Vaccination in Burma 1912-1922 - 1912-1922
Year: 1912
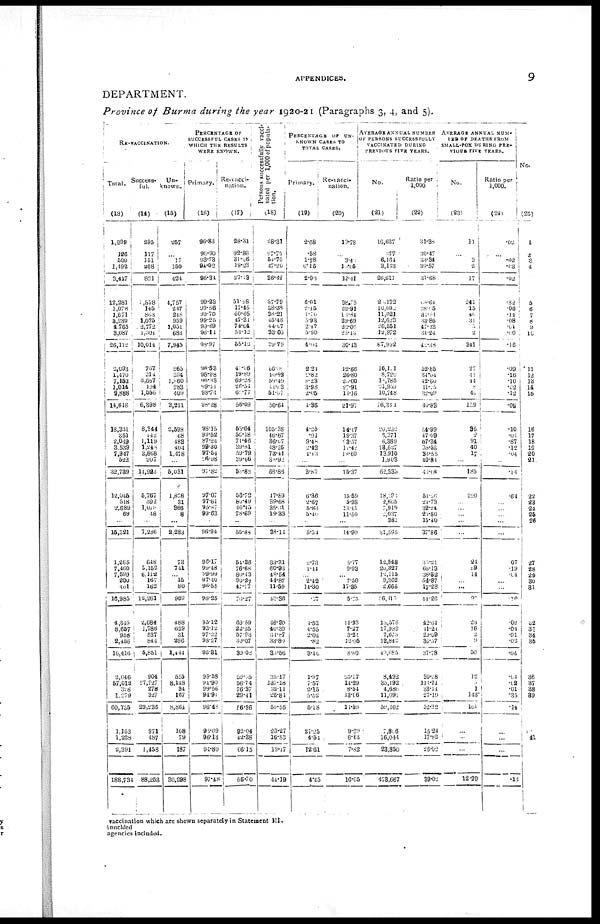
APPENDICES.
9
DEPARTMENT.
Province of Burma during the year 1920-21 (Paragraphs 3, 4, and 5).
RE-VACCINATION.
Total.
(13)
Success-
ful.
(14)
Un-
known.
(15)
PERCENTAGE OF
SUCCESSFUL CASES IN
WHICH THE RESULTS
WERE KNOWN.
Primary.
(16)
Re-vacci-
nation.
(17)
Persons successfully vacci-
nated per 1,000 of popula-
tion.
(18)
PERCENTAGE OF UN-
KNOWN CASES TO
TOTAL CASES.
Primary.
(19)
Re-vacci-
nation.
(20)
AVERAGE ANNUAL NUMBER
OF PERSONS SUCCESSFULLY
VACCINATED DURING
PREVIOUS FIVE YEARS.
No.
(21)
Ratio per
1,000
(22)
AVERAGE ANNUAL NUM-
BER OF DEATHS FROM
SMALL-POX DURING PRE-
VIOUS FIVE YEARS.
No.
(23)
Ratio per
1,000.
(24)
No.
(25)
1,299
126
500
1,492
3,417
12,281
1,078
1,671
3,230
4,765
3,087
26,112
2,093
1,470
7,153
1,014
2,888
14,618
18,331
351
2,049
3,539
7,947
522
32,739
12,045
518
2,689
69
...
15,321
1,265
7,460
7,599
200
401
16,985
4,345
8,657
958
2,456
16,416
2,046
57,012
318
1,279
60,735
1,163
1,228
2,391
188,734
295
117
151
258
821
1,858
145
803
1,075
2,772
1,501
10,014
767
214
3,667
194
1,556
6,398
8,344
142
1,119
1,248
3,868
207
11,923
5,767
392
1,073
48
...
7,286
648
5,152
6,112
167
182
12,261
2,684
1,786
537
844
5,851
904
97,727
278
327
29,236
971
487
1,458
88,253
257
*
17
150
424
4,757
247
248
959
1,051
683
7,945
265
394
1,860
283
409
3,211
2,598
68
483
404
1,478
...
5,031
1,878
31
366
8
...
2,283
73
741
... 15
80
909
488
629
31
296
1,444
515
8,148
84
167
8,864
108
79
187
30,298
96.83
96.90
93.73
94.02
95.34
99.23
99.56
99.70
99.25
99.69
96.11
98.97
98.53
98.98
96.83
99.41
93.74
98.28
98.15
99.52
87.24
99.30
97.54
26.98
97.82
97.07
97.61
95.87
99.63
...
96.94
96.17
99.48
99.99
97.40
96.55
98.25
95.12
93.12
97.22
98.27
96.31
99.58
94.90
99.56
94.91
96.43
90.09
96.13
94.80
97.48
28.31
92.86
31.06
19.23
27.13
51.28
17.45
60.65
47.31
74.64
54.12
55.12
41.96
19.89
69.28
26.54
6.77
56.09
53.04
50.18
71.46
39.81
59.79
39.66
50.88
56.72
80.49
46.45
78.69
...
55.88
51.36
76.68
80.13
90.27
47.77
76.27
69.59
22.35
57.93
39.07
39.08
50.05
56.74
76.37
29.41
56.36
92.04
42.38
06.15
55.70
28.31
27.75
54.70
47.20
36.42
37.79
38.38
38.21
45.48
44.07
33.05
39.79
56.00
10.92
50.49
11.13
51.07
50.64
105.38
46.67
36.07
48.25
73.41
38.92
68.86
47.89
39.68
35.31
19.33
...
38.14
33.31
60.93
48.54
44.87
11.59
13.36
16.30
40.30
34.87
33.80
30.56
35.17
137.18
32.11
26.81
50.55
23.27
16.83
19.17
44.19
2.68
.58
1.78
6.15
2.90
6.01
2.45
1.70
5.93
2.47
5.90
4.01
2.24
2.82
8.23
3.98
2.05
1.36
4.25
.91
9.48
2.42
1.13
...
3.87
6.36
2.67
5.83
5.40
...
5.54
2.73
1.41
... 2.42
14.30
.07
4.52
4.55
2.04
.82
3.16
1.97
7.57
2.15
5.52
5.18
21.25
4.51
12.61
4.45
10.78
...
3.40
1,005
12.41
38.73
22.91
14.84
29.69
22.06
22.13
30.43
12.66
26.80
20.00
27.91
14.16
21.97
14.17
19.37
13.57
11.42
18.60
...
15.37
15.59
5.98
13.61
11.59
...
14.90
5.77
9.93
... 7.50
17.35
5.25
11.33
7.27
3.24
12.05
8.80
25.17
11.29
8.54
13.06
11.59
9.29
6.43
7.82
16.05
16,627
377
6,164
3,143
26,611
20,132
10,09
11,621
12,623
20,551
12,972
87,992
16,101
8,720
18,785
21,959
10,748
76,341
20,232
6,371
6,389
13,527
13,910
1,903
62,335
18,190
2,605
7,919
2,037
381
31,595
12,548
20,327
13,115
9,362
2,065
26,410
10,578
17,989
7,675
12,842
49,085
8,492
30,192
4,686
11,091
58,462
7,806
16,044
23,850
473,667
31.38
30.47
33.34
30.57
31.68
68.64
38.05
30.40
63.86
47.13
34.24
42.38
52.85
34.04
42.60
11.05
32.09
40.83
54.99
47.09
57.34
38.58
33.55
40.81
40.08
54.06
21.73
32.24
20.80
15.40
37.86
10.21
60.13
38.32
54.87
17.28
44.26
42.61
11.21
20.09
36.57
37.78
30.08
110.71
33.14
27.19
52.32
15.24
17.82
25.02
39.02
11
...
3
2
17
241
15
40
34
5
2
341
27
11
11
8
40
159
35
2
91
40
17
...
185
220
...
...
...
...
...
21
59
14
...
...
90
23
16
2
9
50
12
1
1
143
101
...
...
...
12.29
.02
...
.02
.03
.02
.82
.06
.14
.08
.01
.00
.16
.09
.16
.10
.02
.12
.09
.10
.01
.87
.12
.04
...
.14
.64
...
...
...
...
...
07
.19
.01
...
...
.10
.09
.04
.01
.02
.04
.04
.02
.01
.35
.14
...
...
...
.13
1
2
3
4
5
6
7 8
9
10
.11
12
13
14
15
16
17
18
19
20
21
22
23
24
25
26
27
28
29
30
31
32
33
34
35
36
37
38
39
41
vaccination which are shown separately in Statement III.
inuclded
agencies included.